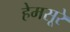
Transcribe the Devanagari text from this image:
हेमसूरे